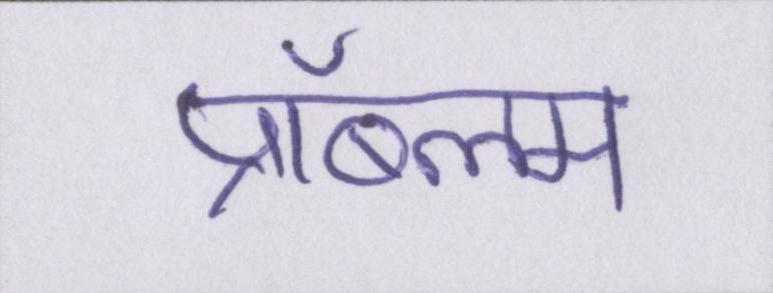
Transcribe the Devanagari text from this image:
प्रॉब्लम